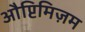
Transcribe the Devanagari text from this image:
औप्टिमिज़म